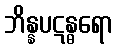
ဘိန္နပဋန္ဓရော